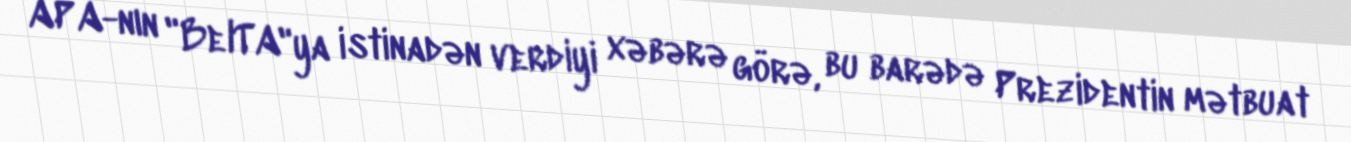
APA-nın "BelTA"ya istinadən verdiyi xəbərə görə, bu barədə Prezidentin mətbuat